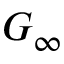
G _ { \infty }